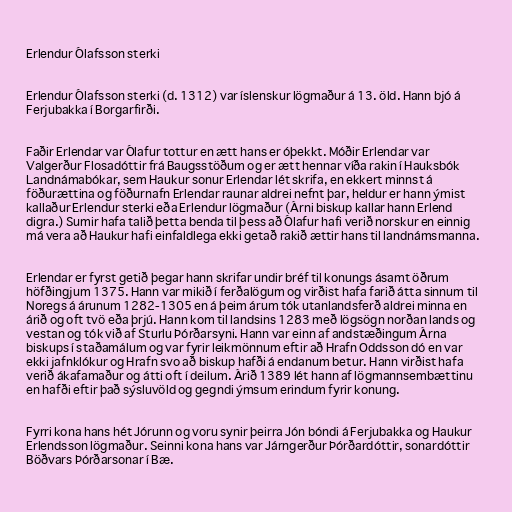
Erlendur Ólafsson sterki

Erlendur Ólafsson sterki (d. 1312) var íslenskur lögmaður á 13. öld. Hann bjó á
Ferjubakka í Borgarfirði.

Faðir Erlendar var Ólafur tottur en ætt hans er óþekkt. Móðir Erlendar var
Valgerður Flosadóttir frá Baugsstöðum og er ætt hennar víða rakin í Hauksbók
Landnámabókar, sem Haukur sonur Erlendar lét skrifa, en ekkert minnst á
föðurættina og föðurnafn Erlendar raunar aldrei nefnt þar, heldur er hann ýmist
kallaður Erlendur sterki eða Erlendur lögmaður (Árni biskup kallar hann Erlend
digra.) Sumir hafa talið þetta benda til þess að Ólafur hafi verið norskur en einnig
má vera að Haukur hafi einfaldlega ekki getað rakið ættir hans til landnámsmanna.

Erlendar er fyrst getið þegar hann skrifar undir bréf til konungs ásamt öðrum
höfðingjum 1375. Hann var mikið í ferðalögum og virðist hafa farið átta sinnum til
Noregs á árunum 1282-1305 en á þeim árum tók utanlandsferð aldrei minna en
árið og oft tvö eða þrjú. Hann kom til landsins 1283 með lögsögn norðan lands og
vestan og tók við af Sturlu Þórðarsyni. Hann var einn af andstæðingum Árna
biskups í staðamálum og var fyrir leikmönnum eftir að Hrafn Oddsson dó en var
ekki jafnklókur og Hrafn svo að biskup hafði á endanum betur. Hann virðist hafa
verið ákafamaður og átti oft í deilum. Árið 1389 lét hann af lögmannsembættinu
en hafði eftir það sýsluvöld og gegndi ýmsum erindum fyrir konung.

Fyrri kona hans hét Jórunn og voru synir þeirra Jón bóndi á Ferjubakka og Haukur
Erlendsson lögmaður. Seinni kona hans var Járngerður Þórðardóttir, sonardóttir
Böðvars Þórðarsonar í Bæ.